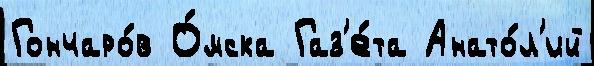
Гончаро́в О́мска Газ'е́та Анато́л'ий